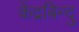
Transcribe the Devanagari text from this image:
केंद्रबिन्दु